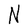
Character: N